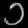
Digit: ၁